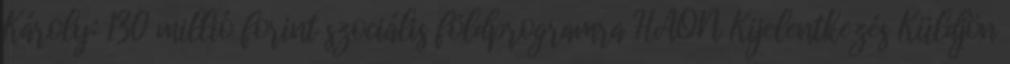
Károly: 130 millió forint szociális földprogramra HAON Kijelentkezés Küldjön